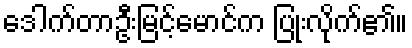
ဒေါက်တာဦးမြင့်မောင်က ပြုံးလိုက်၏။